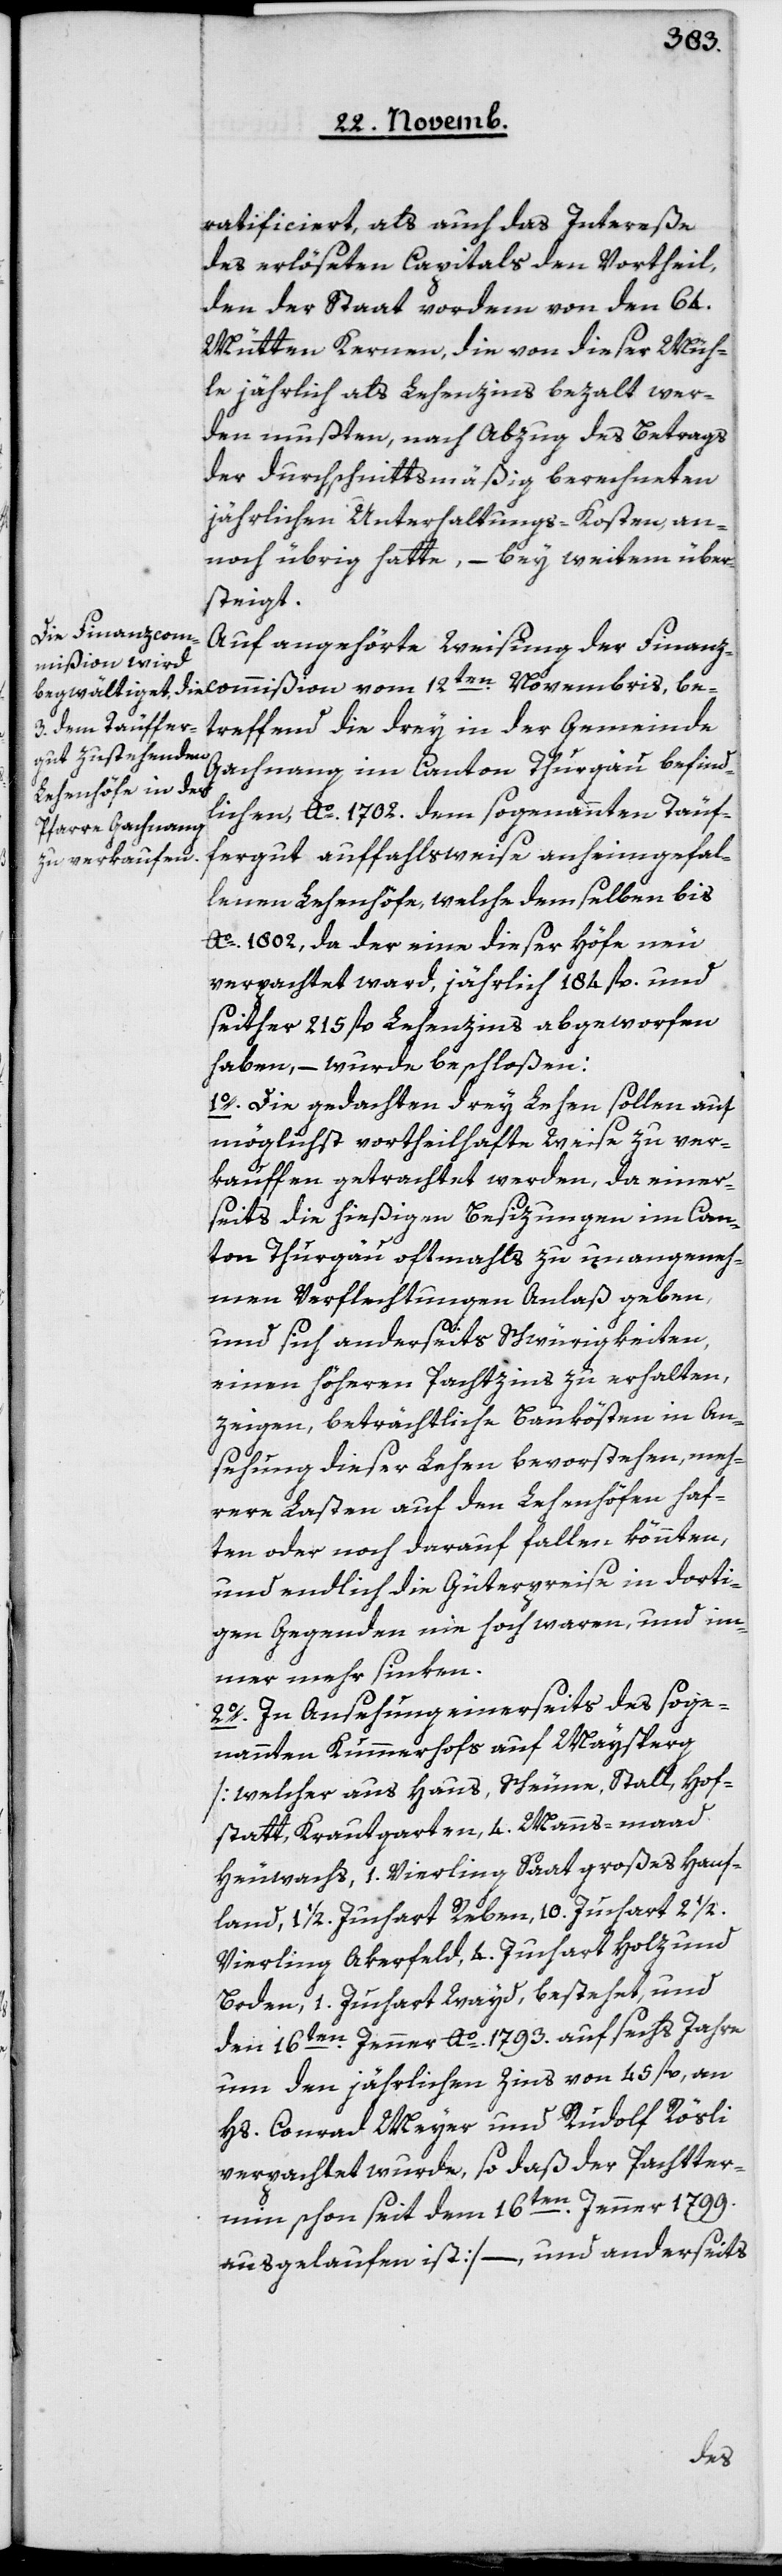
ratificiert, als auch das Intereße
des erlöseten Capitals den Vortheil,
den der Staat vor dem den 64
Mütten Kernen, die von dieser Müh¬
le jährlich als Lehenszins bezahlt wer¬
den mußten, nach Abzug des Betrags
der durchschnittsmäßig berechneten
jährlichen Unterhaltungs-Kosten, an¬
noch übrig hatte, – bey Weitem über¬
steigt.
Auf angehörte Weisung der Finanz¬
commißion vom 12ten Novembris, be¬
treffend die drey in der Gemeinde
Gachnang im Canton Thurgau befind¬
lichen, Ao 1702 dem sogenannten Täuf¬
fergut auffahlsweise anheimgefal¬
lenen Lehenhöfe, welche demselben bis
Ao 1802, da der eine dieser Höfe neu
verpachtet ward, jährlich 184 fl. und
seither 215 fl. Lehenszins abgeworfen
haben, – wurde beschloßen:
1o Die gedachten drey Lehen sollen auf
möglichst vortheilhafte Weise zu ver¬
kauffen getrachtet werden, da einer¬
seits die hießigen Besizungen im Can¬
ton Thurgau oftmahls zu unangeneh¬
men Verflechtungen Anlaß geben,
und sich anderseits Schwürigkeiten,
einen höheren Pachtzins zu erhalten,
zeigen, beträchtliche Baukösten in An¬
sehung dieser Lehen bevorstehen, meh¬
rere Lasten auf den Lehenhöfen haf¬
ten oder noch darauf fallen könnten,
und endlich die Güterpreise in dorti¬
gen Gegenden nie hoch waren und im¬
mer mehr sinken.
2o In Ansehung einerseits des soge¬
nannten Kummerhofs auf Maysperg
[welcher aus Haus, Scheune, Stall, Hof¬
statt, Krautgarten, 4 Manns-maad
Heuwachs, 1 Vierling Saat großes Hanf¬
land, 1 1/2 Juchart Reben, 10 Juchart
Vierling Akerfeld, 4 Juchart Holz und
Boden, 1 Juchart Wayd, bestehet, und
den 16ten Jenner Ao 1793 auf sechs Jahre
um den jährlichen Zins von 45 fl. an
Hs. Conrad Meyer und Rudolf Rösli
verpachtet wurde, so daß der Pachtter¬
min schon seit dem 16ten Jenner 1799
ausgelaufen ist], – und anderseits